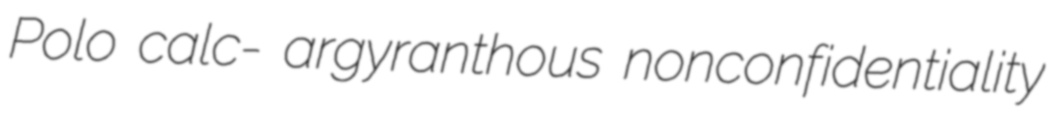
Polo calc- argyranthous nonconfidentiality